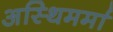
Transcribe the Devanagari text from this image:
अस्थिमर्मा